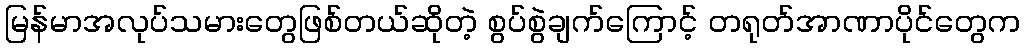
မြန်မာအလုပ်သမားတွေဖြစ်တယ်ဆိုတဲ့ စွပ်စွဲချက်ကြောင့် တရုတ်အာဏာပိုင်တွေက